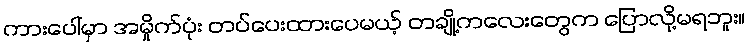
ကားပေါ်မှာ အမှိုက်ပုံး တပ်ပေးထားပေမယ့် တချို့ကလေးတွေက ပြောလို့မရဘူး။